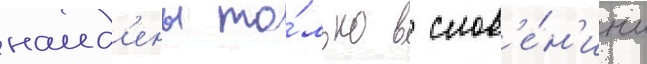
наид'ены то́лько в слов'е́н'ии